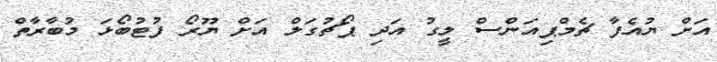
އަށް ޔުއެފާ ޗެމްޕިއަންސް ލީގު އަދި ޕޯޗުގަލް އަށް ޔޫރޯ ފުޓުބޯޅަ މުބާރާތް